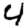
Digit: 4